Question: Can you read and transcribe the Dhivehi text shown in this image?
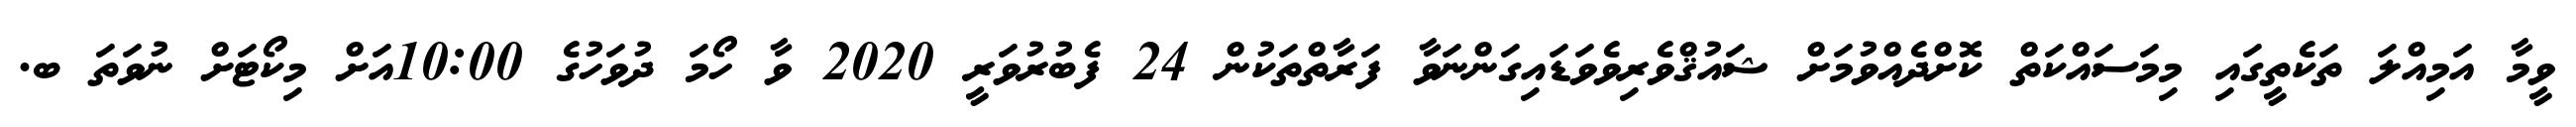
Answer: ވީމާ އަމިއްލަ ތަކެތީގައި މިމަސައްކަތް ކޮށްދެއްވުމަށް ޝައުޤްވެރިވެވަޑައިގަންނަވާ ފަރާތްތަކުން 24 ފެބުރުވަރީ 2020 ވާ ހޯމަ ދުވަހުގެ 10:00އަށް މިކޯޓަށް ނުވަތަ ބ.